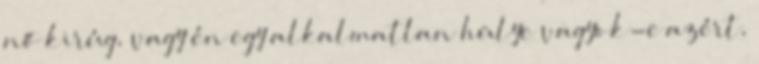
nő kirúg, vagy én egy alkalmatlan hülye vagyok-e azért,